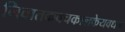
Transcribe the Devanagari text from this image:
निवातकवचकालकेयवधम्